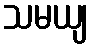
သမယျ